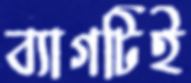
ব্যাগটিই